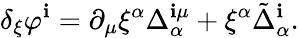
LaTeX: \delta_{\xi}\varphi^{\mathbf{i}}=\partial_{\mu}\xi^{\alpha}\Delta_{\alpha}^{\mathbf{i}\mu}+\xi^{\alpha}\tilde{{\Delta}}_{\alpha}^{\mathbf{i}}.